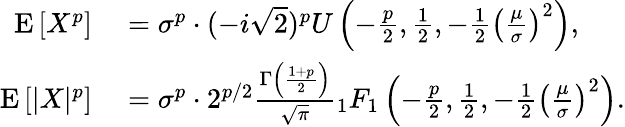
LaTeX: \begin{array}{rl}{\operatorname{E}\left[X^{p}\right]}&{{}=\sigma^{p}\cdot(-i{\sqrt{2}})^{p}U\left(-{\frac{p}{2}},{\frac{1}{2}},-{\frac{1}{2}}\left({\frac{\mu}{\sigma}}\right)^{2}\right),}\\ {\operatorname{E}\left[|X|^{p}\right]}&{{}=\sigma^{p}\cdot 2^{p/2}{\frac{\Gamma\left({\frac{1+p}{2}}\right)}{\sqrt{\pi}}}{}_{1}F_{1}\left(-{\frac{p}{2}},{\frac{1}{2}},-{\frac{1}{2}}\left({\frac{\mu}{\sigma}}\right)^{2}\right).}\end{array}